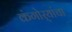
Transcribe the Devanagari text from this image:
कंगोर्‍यांचा